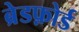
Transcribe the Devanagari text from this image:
ब्रेडफ़ोर्ड